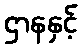
ဌာနနှင့်